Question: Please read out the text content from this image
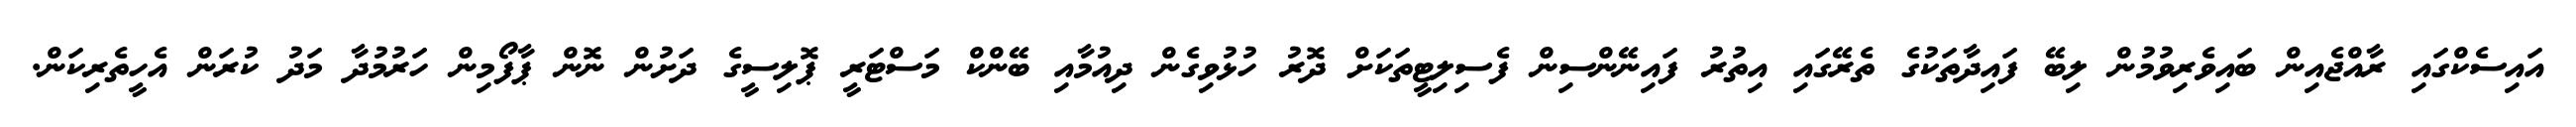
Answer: އައިސެކްގައި ރާއްޖެއިން ބައިވެރިވުމުން ލިބޭ ފައިދާތަކުގެ ތެރޭގައި އިތުރު ފައިނޭންސިން ފެސިލިޓީތަކަށް ދޮރު ހުޅުވިގެން ދިއުމާއި ބޭންކް މަސްޓަރީ ޕޮލިސީގެ ދަށުން ނޮން ޕާފޯމިން ހަރުމުދާ މަދު ކުރަން އެހީތެރިކަން.